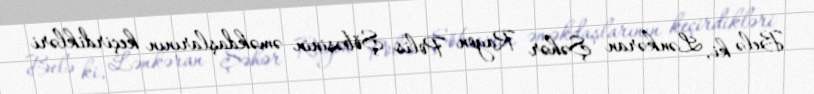
Belə ki, Lənkəran Şəhər Rayon Polis Şöbəsinin əməkdaşlarının keçirdikləri